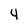
Character: 4